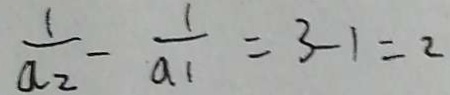
\frac { 1 } { a _ { 2 } } - \frac { 1 } { a _ { 1 } } = 3 - 1 = 2